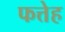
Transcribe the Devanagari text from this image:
फत्तेह